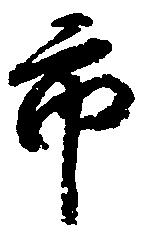
市